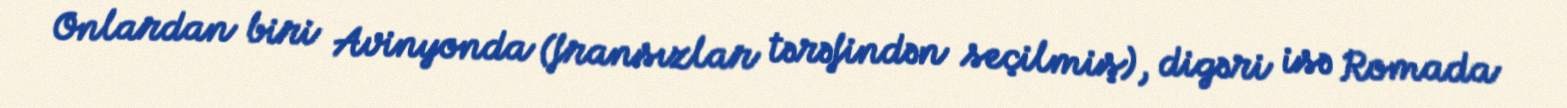
Onlardan biri Avinyonda (fransızlar tərəfindən seçilmiş), digəri isə Romada